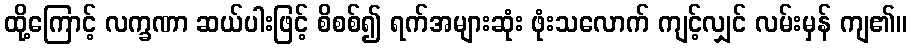
ထို့ကြောင့် လက္ခဏာ ဆယ်ပါးဖြင့် စိစစ်၍ ရက်အများဆုံး ဖုံးသလောက် ကျင့်လျှင် လမ်းမှန် ကျ၏။